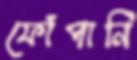
ফোঁপানি